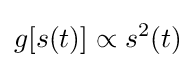
g[s(t)]\propto s^{2}(t)